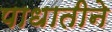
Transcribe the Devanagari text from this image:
पाधातीने